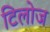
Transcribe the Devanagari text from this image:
टिलोज